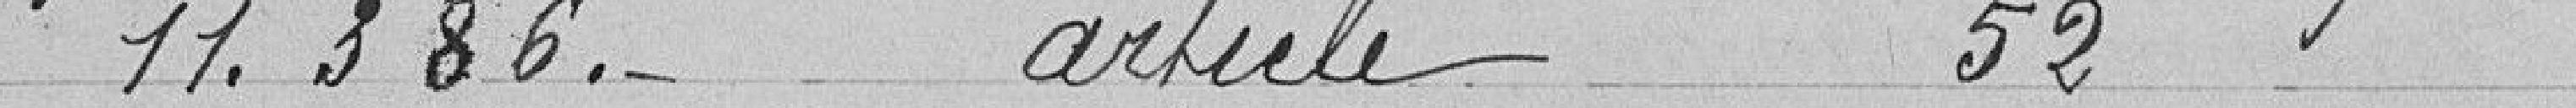
11.386. article 52